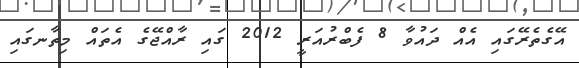
އޭގެތެރޭގައި އެއް ދައުވާ 8 ފެބްރުއަރީ 2012 ގައި ރާއްޖޭގެ އެތައް މިތާނގައި